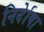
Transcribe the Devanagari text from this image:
निर्देाषा